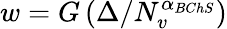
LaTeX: w=G\left(\Delta/N_{v}^{\alpha_{BChS}}\right)